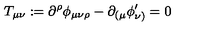
T _ { \mu \nu } : = \partial ^ { \rho } \phi _ { \mu \nu \rho } - \partial _ { ( \mu } \phi _ { \nu ) } ^ { \prime } = 0